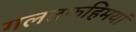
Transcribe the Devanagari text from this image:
गलतफहिमयां